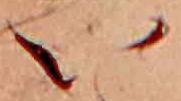
い